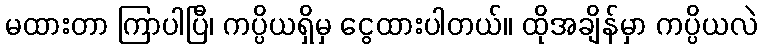
မထားတာ ကြာပါပြီ၊ ကပ္ပိယရှိမှ ငွေထားပါတယ်။ ထိုအချိန်မှာ ကပ္ပိယလဲ